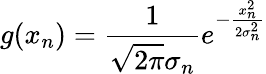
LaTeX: g(x_{n})=\frac{1}{\sqrt{2\pi}\sigma_{n}}e^{-\frac{x_{n}^{2}}{2\sigma_{n}^{2}}}